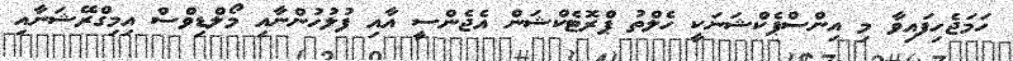
ހަމަޖެހިފައިވާ މި އިންސްޕެކްޝަނަކީ ހެލްތު ޕްރޮޓެކްޝަން އެޖެންސީ އާއި ފުލުހުންނާއި މޯލްޑިވްސް އިމިގްރޭޝަނާއި